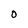
Character: O